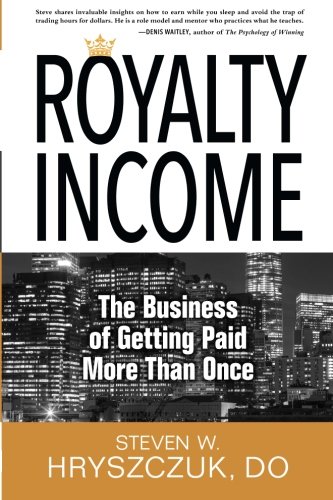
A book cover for Royalty Income: The Business of Getting Paid More than Once; Steven W. Hryszczuk DO; Business & Money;